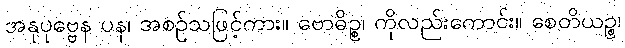
အနုပုဗ္ဗေန ပန၊ အစဉ်သဖြင့်ကား။ ဗောဓိဉ္စ၊ ကိုလည်းကောင်း။ စေတိယဉ္စ၊